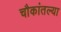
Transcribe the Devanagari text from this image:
चौकांतल्या